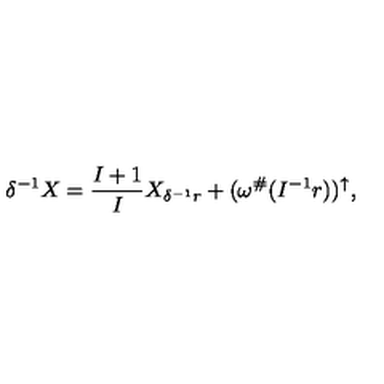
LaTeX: \delta ^ { - 1 } X = \frac { I + 1 } { I } X _ { \delta ^ { - 1 } r } + ( \omega ^ { \# } ( I ^ { - 1 } r ) ) ^ { \uparrow } ,